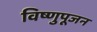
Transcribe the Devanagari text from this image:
विष्णुपूजन